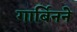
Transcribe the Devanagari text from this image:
गार्बिनने